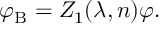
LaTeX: \varphi _ { \mathrm { B } } = Z _ { 1 } ( \lambda , n ) \varphi .